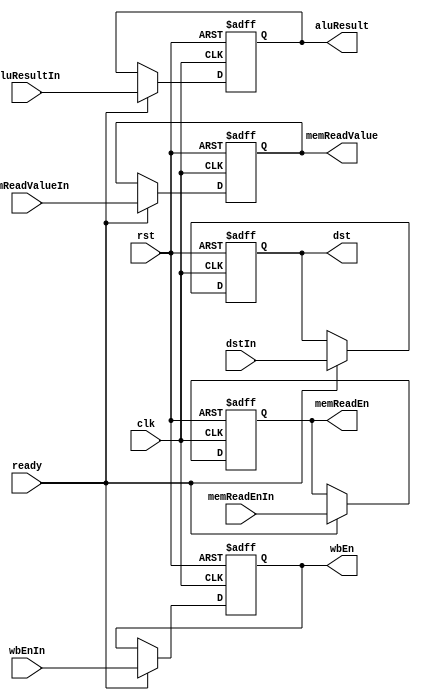
module MEM_Stage_Reg(
    input clk, rst, ready, wbEnIn, memReadEnIn,
    input [31:0] aluResultIn, memReadValueIn,
    input [3:0] dstIn,
    output reg wbEn, memReadEn,
    output reg [31:0] aluResult, memReadValue,
    output reg [3:0] dst
);

    always @(posedge clk or posedge rst) begin
        if(rst) begin 
            {wbEn, memReadEn, aluResult, memReadValue, dst} = 70'b0;
        end
        else if(ready) begin
            {wbEn, memReadEn, aluResult, memReadValue, dst} <= {wbEnIn, memReadEnIn, aluResultIn, memReadValueIn, dstIn};
        end
    end

endmodule